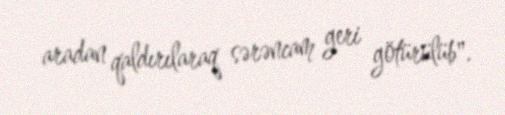
aradan qaldırılaraq sərəncam geri götürülüb".